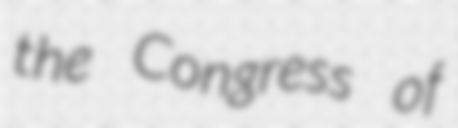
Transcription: the Congress of